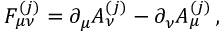
F _ { \mu \nu } ^ { ( j ) } = \partial _ { \mu } A _ { \nu } ^ { ( j ) } - \partial _ { \nu } A _ { \mu } ^ { ( j ) } \, ,